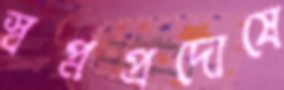
স্বপ্নপ্রদোষে